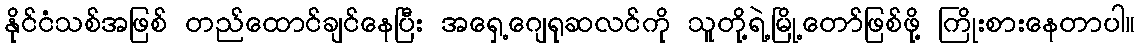
နိုင်ငံသစ်အဖြစ် တည်ထောင်ချင်နေပြီး အရှေ့ဂျေရုဆလင်ကို သူတို့ရဲ့မြို့တော်ဖြစ်ဖို့ ကြိုးစားနေတာပါ။